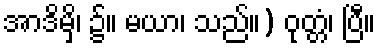
အာဒိမှိ၊ ၌။ မယာ၊ သည်။) ဝုတ္တံ၊ ပြီ။